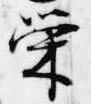
栄